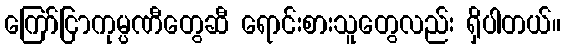
ကြော်ငြာကုမ္ပဏီတွေဆီ ရောင်းစားသူတွေလည်း ရှိပါတယ်။